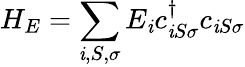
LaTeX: H_{E}=\sum_{\mathit{i},S,\sigma}E_{\mathit{i}}c_{\mathit{i}S\sigma}^{\dagger}c_{\mathit{i}S\sigma}